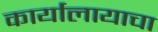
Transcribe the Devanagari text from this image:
कार्यालायाचा